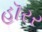
હૉરર